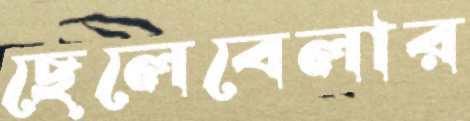
ছেলেবেলার